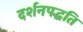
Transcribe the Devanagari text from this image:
दर्शनपद्धति